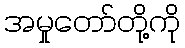
အမှုတော်တို့ကို